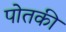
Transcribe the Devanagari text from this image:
पोतकी